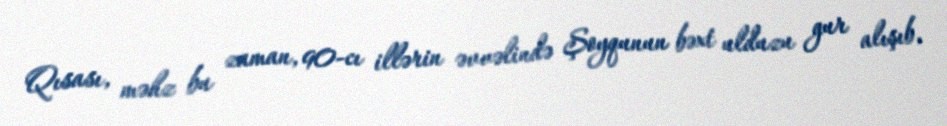
Qısası, məhz bu zaman, 90-cı illərin əvvəlində Şoyqunun bəxt ulduzu gur alışıb,